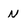
Character: N